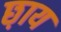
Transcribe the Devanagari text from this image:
छ़ाय